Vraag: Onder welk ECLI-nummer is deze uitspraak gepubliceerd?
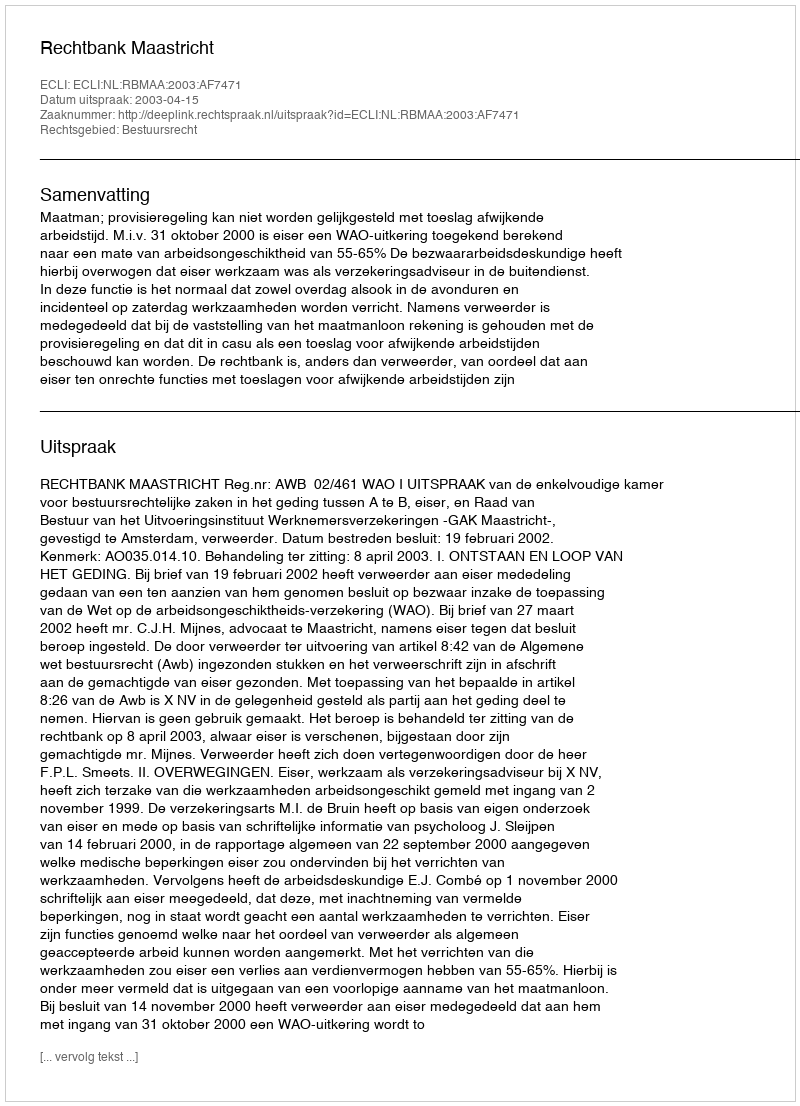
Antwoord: ECLI:NL:RBMAA:2003:AF7471